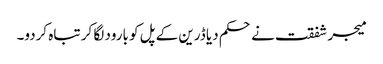
میجر شفقت نے حکم دیا ڈرین کے پل کو بارود لگا کر تباہ کردو۔